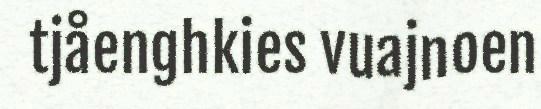
tjåenghkies vuajnoen